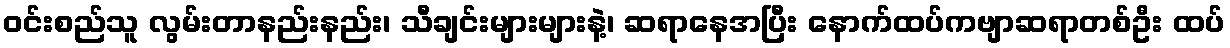
ဝင်းစည်သူ လွမ်းတာနည်းနည်း၊ သီချင်းများများနဲ့၊ ဆရာနေအပြီး နောက်ထပ်ကဗျာဆရာတစ်ဦး ထပ်